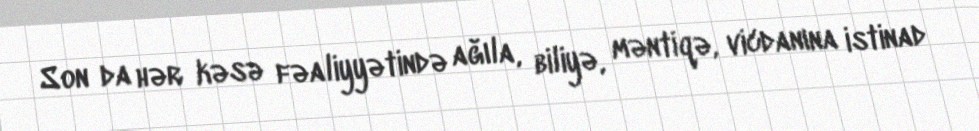
Son da hər kəsə fəaliyyətində ağıla, biliyə, məntiqə, vicdanına istinad